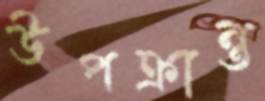
উপক্রান্ত